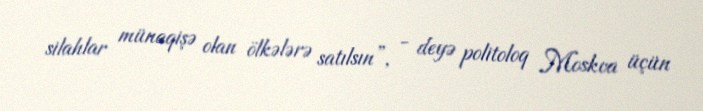
silahlar münaqişə olan ölkələrə satılsın”, - deyə politoloq Moskva üçün